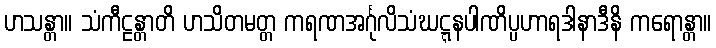
ဟသန္တာ။ သံကီဠန္တာတိ ဟသိတမတ္တ ကရဏအင်္ဂုလိသံဃဋ္ဋနပါဏိပ္ပဟာရဒါနာဒီနိ ကရောန္တာ။